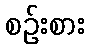
စဉ်းစား